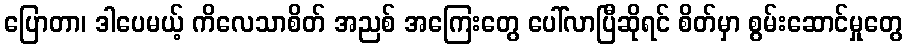
ပြောတာ၊ ဒါပေမယ့် ကိလေသာစိတ် အညစ် အကြေးတွေ ပေါ်လာပြီဆိုရင် စိတ်မှာ စွမ်းဆောင်မှုတွေ